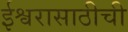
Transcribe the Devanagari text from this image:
ईश्वरासाठीची